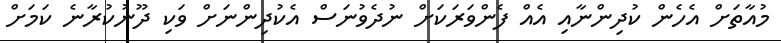
މުއާތަށް އެހެން ކުދިންނާއި އެއް ފެންވަރަކަށް ނުދެވުނަސް އެކުދިންނަށް ވަކި ދޫނުކުރާނެ ކަމަށް